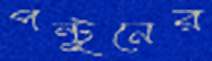
পন্টুনের